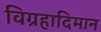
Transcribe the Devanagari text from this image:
विग्रहादिमान